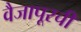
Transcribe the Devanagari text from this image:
वैजापूरची